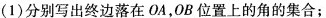
(1)分别写出终边落在OA，OB位置上的角的集合；